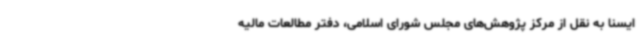
ایسنا به نقل از مرکز پژوهش‌های مجلس شورای اسلامی، دفتر مطالعات مالیه